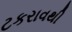
ટકરાવથી